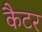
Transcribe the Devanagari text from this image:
कैटर